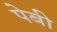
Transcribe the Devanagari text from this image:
पेबी